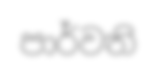
පාර්වති